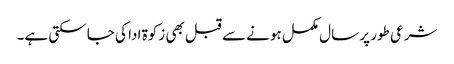
شرعی طور پر سال مکمل ہونے سے قبل بھی زکوۃ ادا کی جا سکتی ہے۔